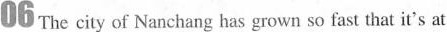
06 The city of Nanchang has grown so fast that it's at